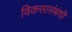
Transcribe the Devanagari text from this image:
विकसासंबंधी